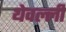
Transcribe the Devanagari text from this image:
थेवल्ली